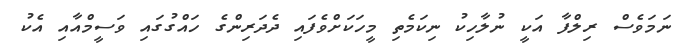
ނަމަވެސް ރިލްފާ އަކީ ނުލާހިކު ނިކަމެތި މީހަކަށްވެފައި ދެދަރިންގެ ހައްގުގައި ވަސީމްއާއި އެކު